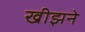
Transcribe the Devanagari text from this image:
खीझने